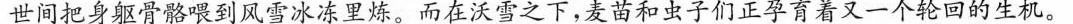
世间把身躯骨骼喂到风雪冰冻里炼。而在沃雪之下，麦苗和虫子们正孕育着又一个轮回的生机。